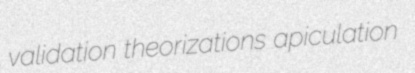
validation theorizations apiculation